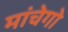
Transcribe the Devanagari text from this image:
मांचेगो